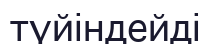
түйіндейді